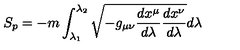
S _ { p } = - m \int _ { \lambda _ { 1 } } ^ { \lambda _ { 2 } } \sqrt { - g _ { \mu \nu } \frac { d x ^ { \mu } } { d \lambda } \frac { d x ^ { \nu } } { d \lambda } } d \lambda